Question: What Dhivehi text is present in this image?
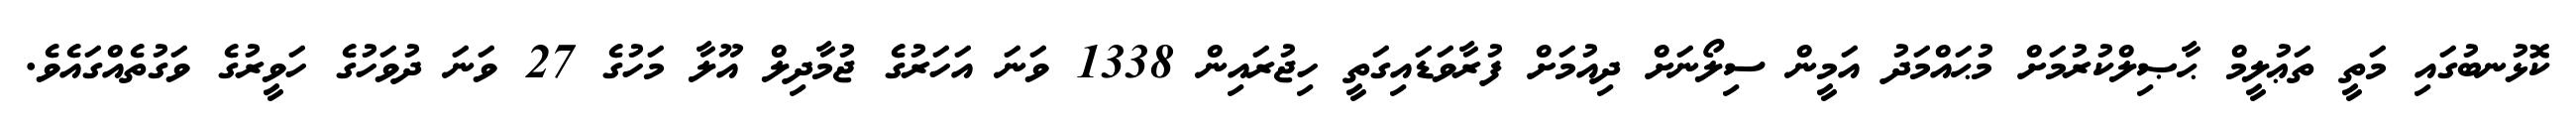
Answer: ކޮޅުނބުގައި މަތީ ތަޢުލީމް ޙާޞިލްކުރުމަށް މުޙައްމަދު އަމީން ސިލޯނަށް ދިއުމަށް ފުރާވަޑައިގަތީ ހިޖުރައިން 1338 ވަނަ އަހަރުގެ ޖުމާދިލް އޫލާ މަހުގެ 27 ވަނަ ދުވަހުގެ ހަވީރުގެ ވަގުތެއްގައެވެ.